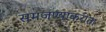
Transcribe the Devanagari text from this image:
समजण्याकरीता